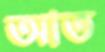
আত